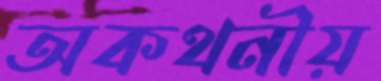
অকথনীয়